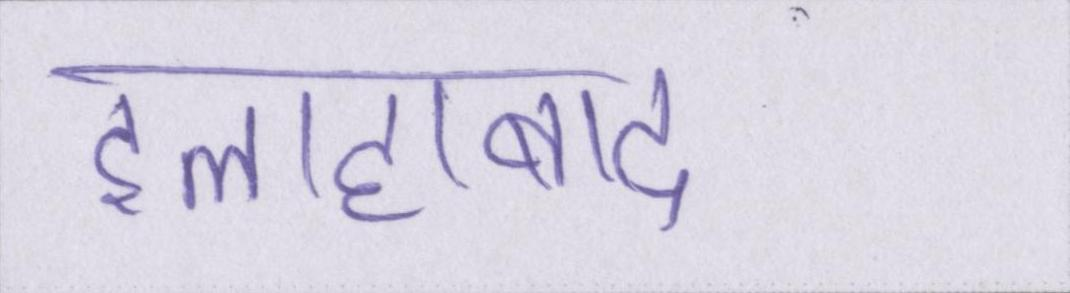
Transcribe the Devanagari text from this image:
इलाहाबाद